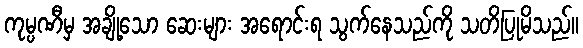
ကုမ္ပဏီမှ အချို့သော ဆေးများ အရောင်းရ သွက်နေသည်ကို သတိပြုမိသည်။